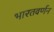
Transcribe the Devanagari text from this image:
भारतवर्णन